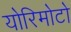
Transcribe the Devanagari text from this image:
योरिमोटो